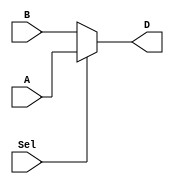
`timescale 1ns / 1ps
//////////////////////////////////////////////////////////////////////////////////
// Company: 
// Engineer: 
// 
// Design Name: 
// Module Name: MUX2x1
// Project Name: 
// Target Devices: 
// Tool Versions: 
// Description: Multiplexor
// 
// Dependencies: 
// 
// Revision:
// Revision 0.01 - File Created
// Additional Comments:
// 
//////////////////////////////////////////////////////////////////////////////////


module MUX2x1 #(parameter DATAWIDTH = 8)(A, B, Sel, D);

input [DATAWIDTH-1:0] A, B;
input Sel;
output reg [DATAWIDTH-1:0] D;

always @(A, B, Sel) begin
    if(Sel == 1)
        D <= A;
    else
        D <= B;
end
endmodule